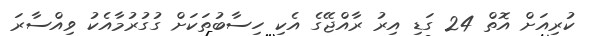
ކުރިއަށް އޮތް 24 ގަޑި އިރު ރާއްޖޭގެ އެކި ހިސާބުތަކަށް ގުގުރުމާއެކު ވިއްސާރަ